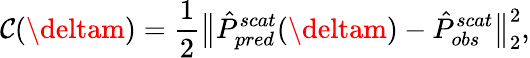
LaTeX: \mathcal{C}(\deltam)=\frac{{1}}{{2}}\big\| \hat{{P}}_{pred}^{scat}(\deltam)-\hat{{P}}_{obs}^{scat}\big\| _{2}^{2},